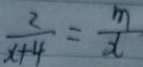
\frac { 2 } { x + 4 } = \frac { m } { x }